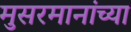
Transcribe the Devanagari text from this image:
मुसरमानांच्या